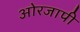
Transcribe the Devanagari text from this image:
ओरजापी